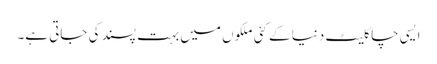
ایسی چاکلیٹ دنیا کے کئی ملکوں میں بہت پسند کی جاتی ہے۔